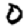
Digit: 0